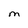
Character: M